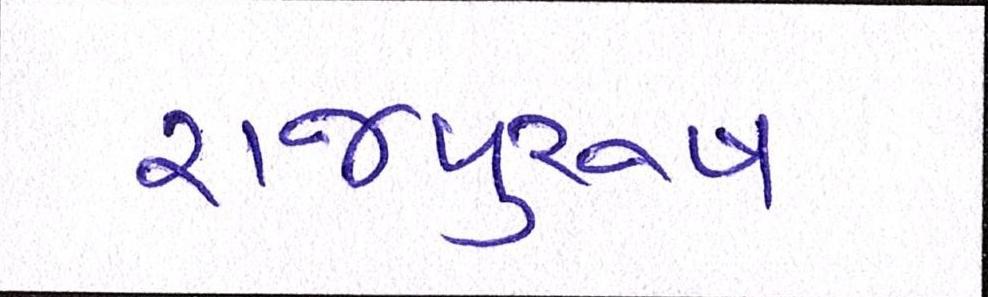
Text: રાજપુરુષ